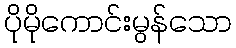
ပိုမိုကောင်းမွန်သော